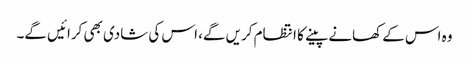
وہ اس کے کھانے پینے کا انتظام کریں گے، اس کی شادی بھی کرائیں گے۔